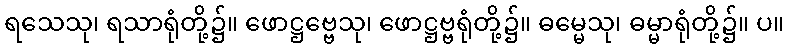
ရသေသု၊ ရသာရုံတို့၌။ ဖောဋ္ဌဗ္ဗေသု၊ ဖောဋ္ဌဗ္ဗရုံတို့၌။ ဓမ္မေသု၊ ဓမ္မာရုံတို့၌။ ပ။